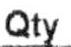
QTY